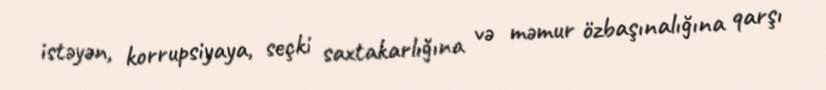
istəyən, korrupsiyaya, seçki saxtakarlığına və məmur özbaşınalığına qarşı